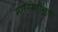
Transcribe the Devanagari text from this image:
मांसपेशीयुक्त